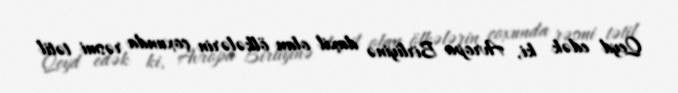
Qeyd edək ki, Avropa Birliyinə daxil olan ölkələrin çoxunda rəsmi tətil